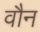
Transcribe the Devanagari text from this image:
वौन